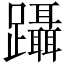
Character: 躡